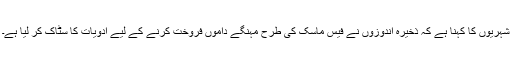
شہریوں کا کہنا ہے کہ ذخیرہ اندوزوں نے فیس ماسک کی طرح مہنگے داموں فروخت کرنے کے لیے ادویات کا سٹاک کر لیا ہے۔